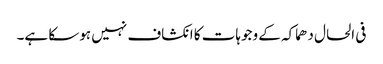
فی الحال دھماکہ کے وجوہات کا انکشاف نہیں ہوسکا ہے۔